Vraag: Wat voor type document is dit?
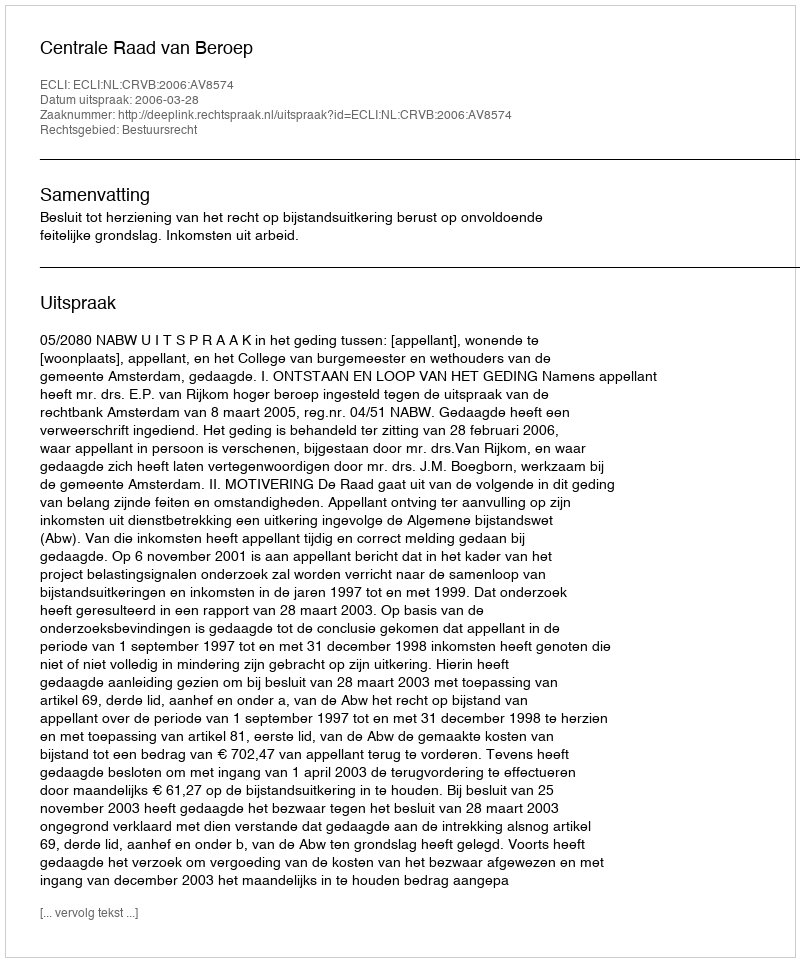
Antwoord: Uitspraak